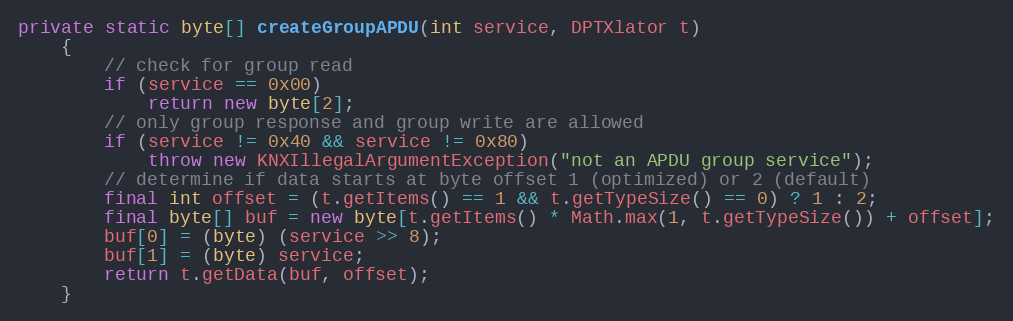
Language: Java
private static byte[] createGroupAPDU(int service, DPTXlator t)
	{
		// check for group read
		if (service == 0x00)
			return new byte[2];
		// only group response and group write are allowed
		if (service != 0x40 && service != 0x80)
			throw new KNXIllegalArgumentException("not an APDU group service");
		// determine if data starts at byte offset 1 (optimized) or 2 (default)
		final int offset = (t.getItems() == 1 && t.getTypeSize() == 0) ? 1 : 2;
		final byte[] buf = new byte[t.getItems() * Math.max(1, t.getTypeSize()) + offset];
		buf[0] = (byte) (service >> 8);
		buf[1] = (byte) service;
		return t.getData(buf, offset);
	}